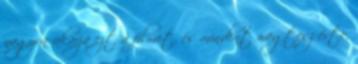
nagyon akarja ezt a filmet, és mindent megtesz érte,